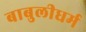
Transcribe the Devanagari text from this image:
बाबुलीधर्म